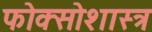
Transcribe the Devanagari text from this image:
फोक्सोशास्त्र